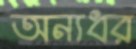
অন্যধর